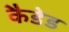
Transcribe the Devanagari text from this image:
कैडेड